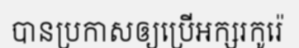
បានប្រកាសឲ្យប្រើអក្សរកូរ៉េ